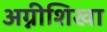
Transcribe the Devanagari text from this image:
अग्नीशिखा